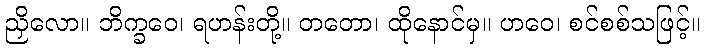
ညှိလော။ ဘိက္ခဝေ၊ ရဟန်းတို့။ တတော၊ ထိုနောင်မှ။ ဟဝေ၊ စင်စစ်သဖြင့်။